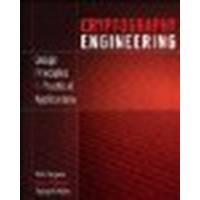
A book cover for Cryptography Engineering Design Principles and Practical Applications by Ferguson, Niels, Schneier, Bruce, Kohno, Tadayoshi [Wiley,2010] (Paperback); Ferguson; Engineering & Transportation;